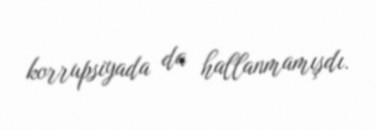
korrupsiyada da hallanmamışdı.